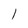
Character: l